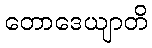
တောဒေယျာတိ